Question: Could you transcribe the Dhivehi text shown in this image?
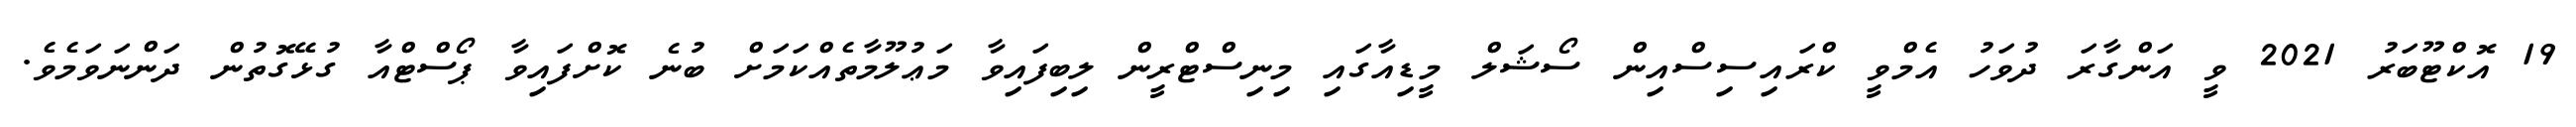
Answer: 19 އޮކްޓޫބަރު 2021 ވީ އަންގާރަ ދުވަހު އެމްވީ ކްރައިސިސްއިން ސޯޝަލް މީޑިއާގައި މިނިސްޓްރީން ލިބިފައިވާ މަޢުލޫމާތެއްކަމަށް ބުނެ ކޮށްފައިވާ ޕޯސްޓްއާ ގުޅޭގޮތުން ދަންނަވަމެވެ.